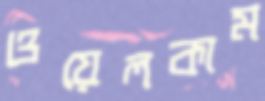
ওয়েলকাম